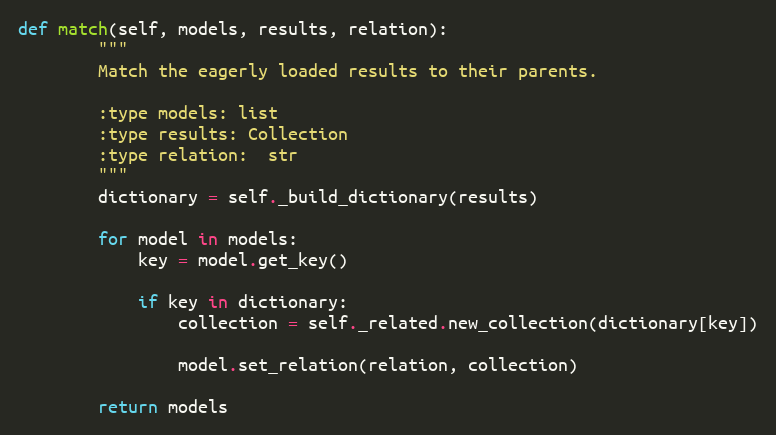
Language: Python
def match(self, models, results, relation):
        """
        Match the eagerly loaded results to their parents.

        :type models: list
        :type results: Collection
        :type relation:  str
        """
        dictionary = self._build_dictionary(results)

        for model in models:
            key = model.get_key()

            if key in dictionary:
                collection = self._related.new_collection(dictionary[key])

                model.set_relation(relation, collection)

        return models